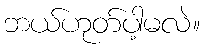
ဘယ်ဟုတ်ပါ့မလဲ။